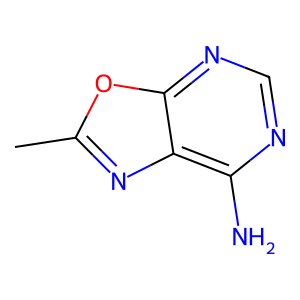
SMILES: Cc1nc2c(N)ncnc2o1
Inhibits HIV replication: No